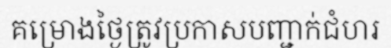
គម្រោងថ្ងៃត្រូវប្រកាសបញ្ជាក់ជំហរ